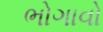
ભોગાવો